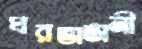
ঘরভাঙানী